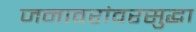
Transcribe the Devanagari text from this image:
जनावरांवरसुद्धा